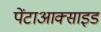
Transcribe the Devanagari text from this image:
पेंटाआक्साइड